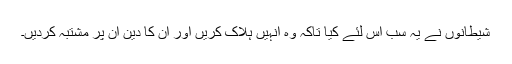
شیطانوں نے یہ سب اس لئے کیا تاکہ وہ انہیں ہلاک کریں اور ان کا دین اُن پر مشتبہ کردیں۔